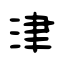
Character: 津